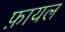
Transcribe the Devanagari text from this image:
फ़ायल